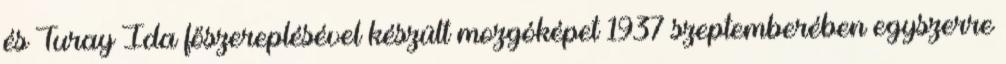
és Turay Ida főszereplésével készült mozgóképet 1937 szeptemberében egyszerre